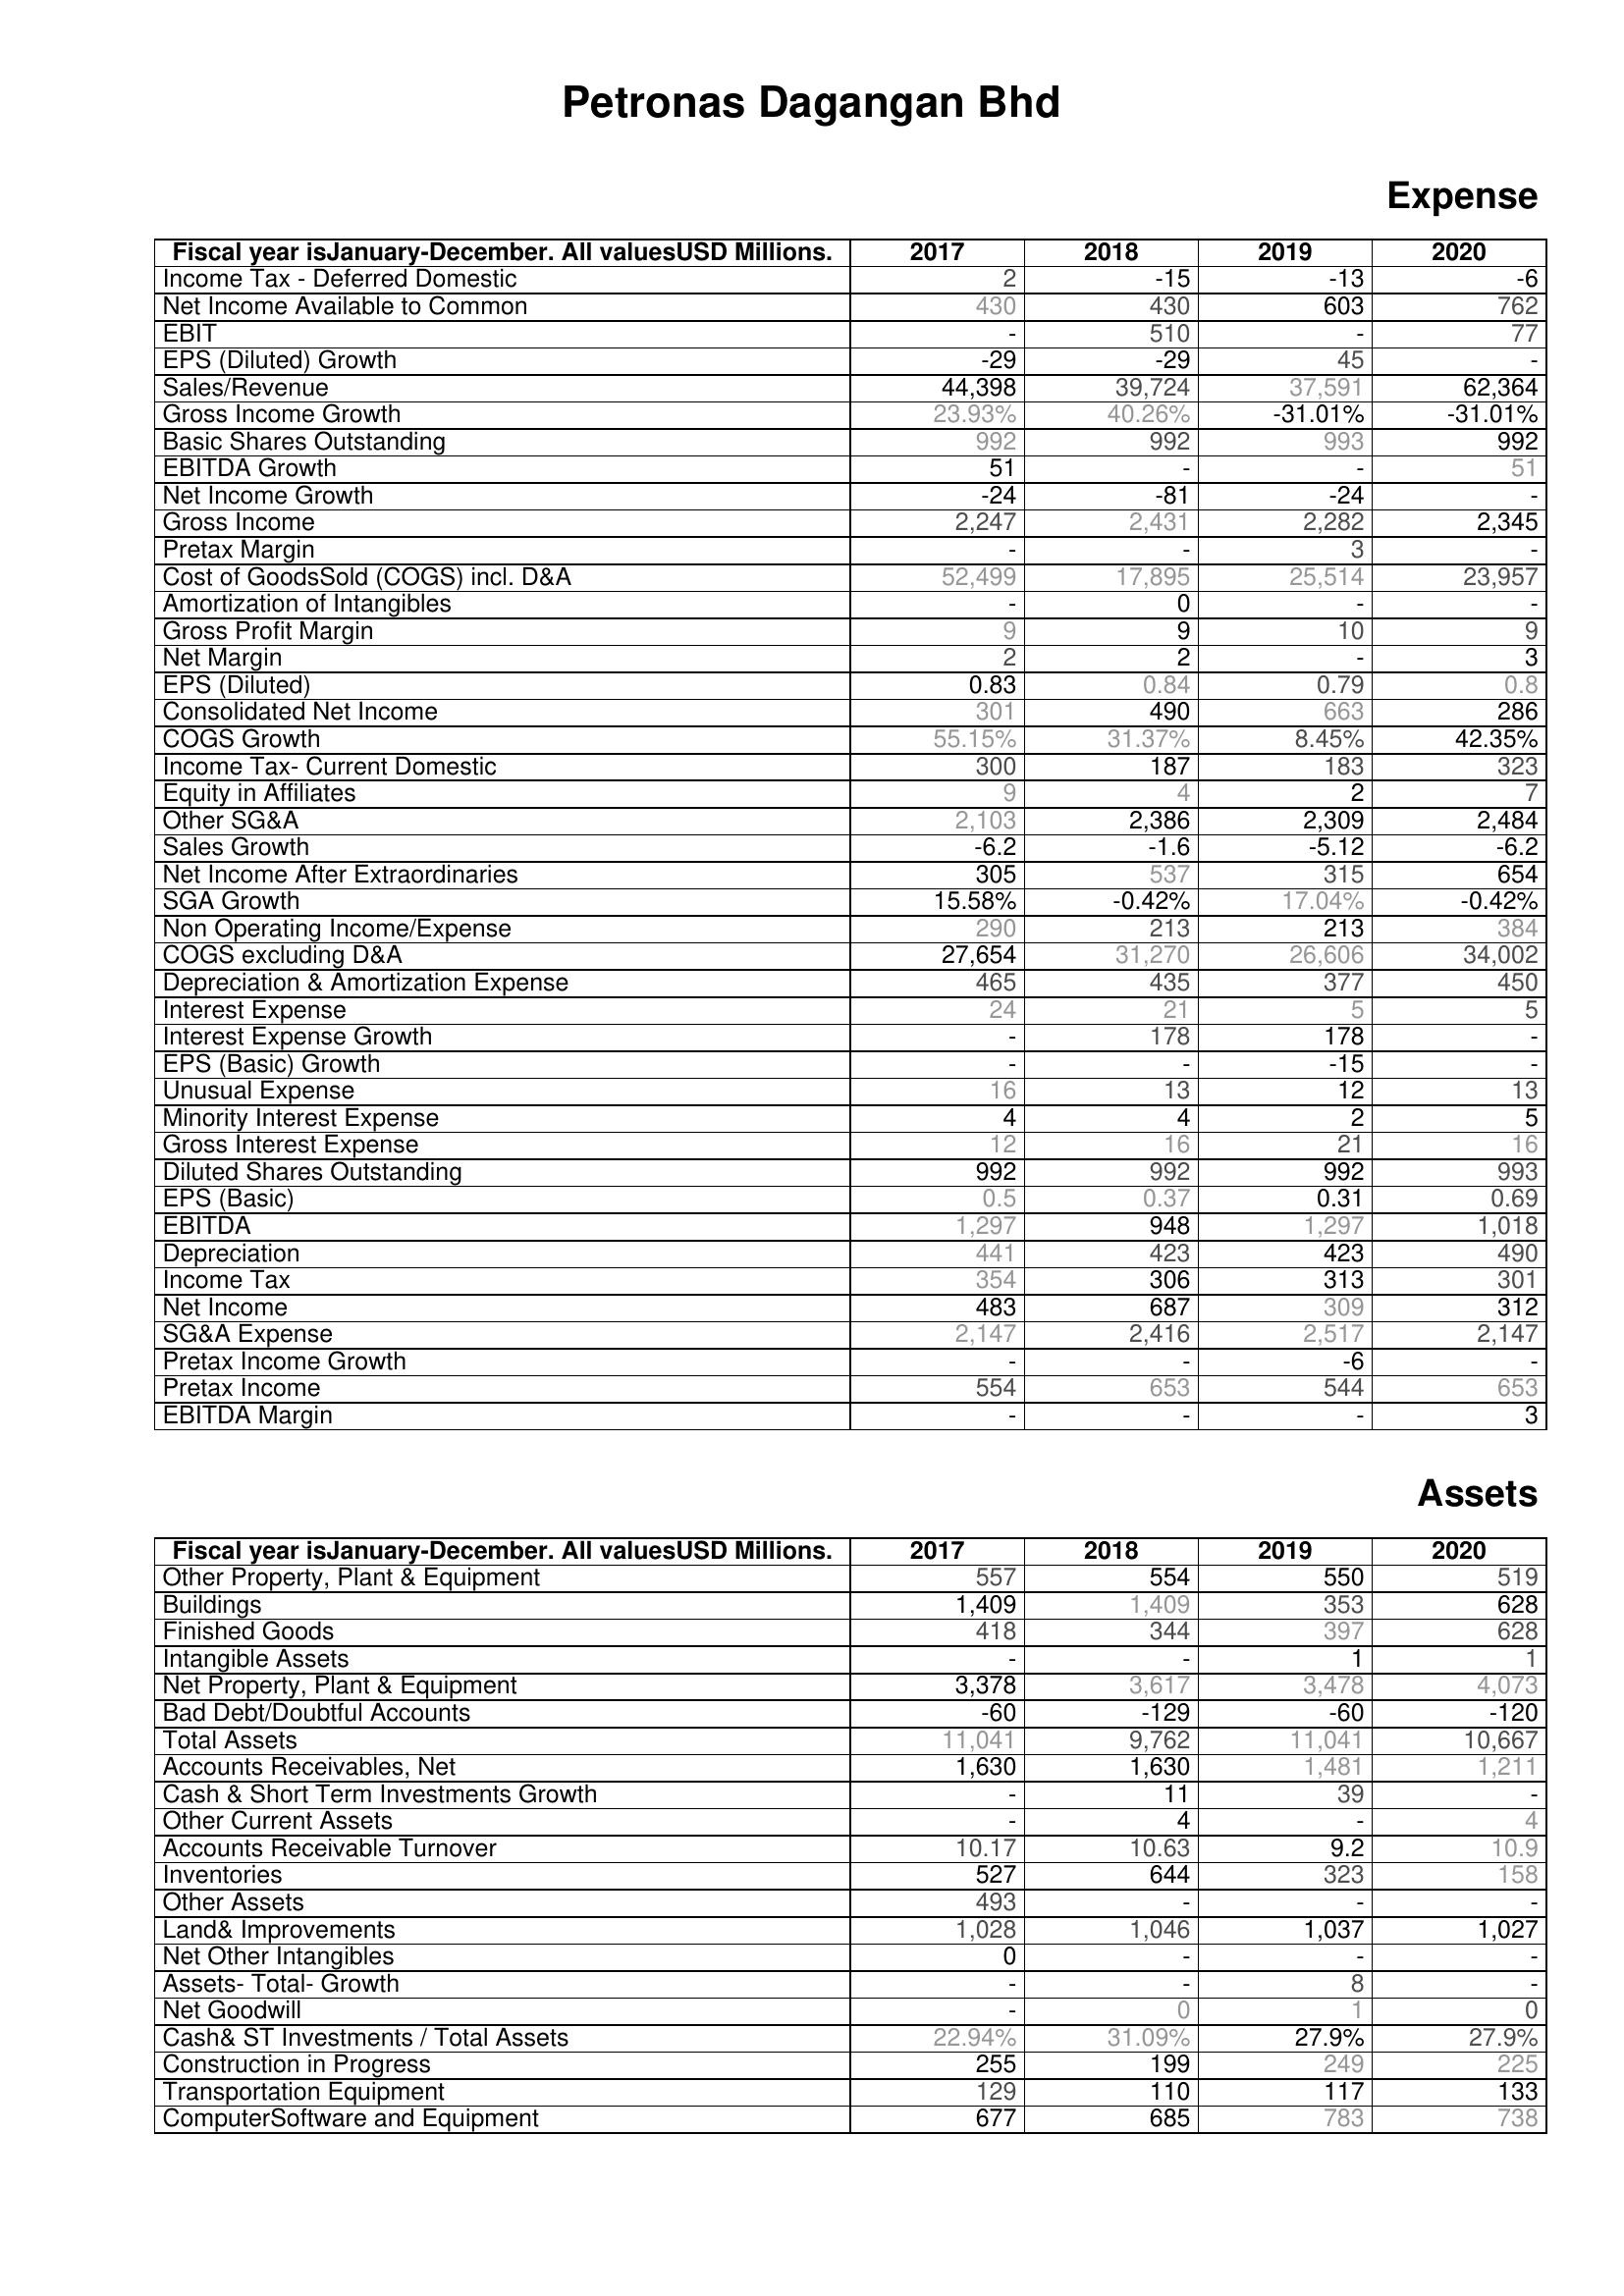
2017: Expense: Income Tax - Deferred Domestic: 2
Net Income Available to Common: 430
EBIT: -
EPS (Diluted) Growth: -29
Sales/Revenue: 44,398
Gross Income Growth: 23.93%
Basic Shares Outstanding: 992
EBITDA Growth: 51
Net Income Growth: -24
Gross Income: 2,247
Pretax Margin: -
Cost of GoodsSold (COGS) incl. D&A: 52,499
Amortization of Intangibles: -
Gross Profit Margin: 9
Net Margin: 2
EPS (Diluted): 0.83
Consolidated Net Income: 301
COGS Growth: 55.15%
Income Tax- Current Domestic: 300
Equity in Affiliates: 9
Other SG&A: 2,103
Sales Growth: -6.2
Net Income After Extraordinaries: 305
SGA Growth: 15.58%
Non Operating Income/Expense: 290
COGS excluding D&A: 27,654
Depreciation & Amortization Expense: 465
Interest Expense: 24
Interest Expense Growth: -
EPS (Basic) Growth: -
Unusual Expense: 16
Minority Interest Expense: 4
Gross Interest Expense: 12
Diluted Shares Outstanding: 992
EPS (Basic): 0.5
EBITDA: 1,297
Depreciation: 441
Income Tax: 354
Net Income: 483
SG&A Expense: 2,147
Pretax Income Growth: -
Pretax Income: 554
EBITDA Margin: -
Assets: Other Property, Plant & Equipment: 557
Buildings: 1,409
Finished Goods: 418
Intangible Assets: -
Net Property, Plant & Equipment: 3,378
Bad Debt/Doubtful Accounts: -60
Total Assets: 11,041
Accounts Receivables, Net: 1,630
Cash & Short Term Investments Growth: -
Other Current Assets: -
Accounts Receivable Turnover: 10.17
Inventories: 527
Other Assets: 493
Land& Improvements: 1,028
Net Other Intangibles: 0
Assets- Total- Growth: -
Net Goodwill: -
Cash& ST Investments / Total Assets: 22.94%
Construction in Progress: 255
Transportation Equipment: 129
ComputerSoftware and Equipment: 677
2018: Expense: Income Tax - Deferred Domestic: -15
Net Income Available to Common: 430
EBIT: 510
EPS (Diluted) Growth: -29
Sales/Revenue: 39,724
Gross Income Growth: 40.26%
Basic Shares Outstanding: 992
EBITDA Growth: -
Net Income Growth: -81
Gross Income: 2,431
Pretax Margin: -
Cost of GoodsSold (COGS) incl. D&A: 17,895
Amortization of Intangibles: 0
Gross Profit Margin: 9
Net Margin: 2
EPS (Diluted): 0.84
Consolidated Net Income: 490
COGS Growth: 31.37%
Income Tax- Current Domestic: 187
Equity in Affiliates: 4
Other SG&A: 2,386
Sales Growth: -1.6
Net Income After Extraordinaries: 537
SGA Growth: -0.42%
Non Operating Income/Expense: 213
COGS excluding D&A: 31,270
Depreciation & Amortization Expense: 435
Interest Expense: 21
Interest Expense Growth: 178
EPS (Basic) Growth: -
Unusual Expense: 13
Minority Interest Expense: 4
Gross Interest Expense: 16
Diluted Shares Outstanding: 992
EPS (Basic): 0.37
EBITDA: 948
Depreciation: 423
Income Tax: 306
Net Income: 687
SG&A Expense: 2,416
Pretax Income Growth: -
Pretax Income: 653
EBITDA Margin: -
Assets: Other Property, Plant & Equipment: 554
Buildings: 1,409
Finished Goods: 344
Intangible Assets: -
Net Property, Plant & Equipment: 3,617
Bad Debt/Doubtful Accounts: -129
Total Assets: 9,762
Accounts Receivables, Net: 1,630
Cash & Short Term Investments Growth: 11
Other Current Assets: 4
Accounts Receivable Turnover: 10.63
Inventories: 644
Other Assets: -
Land& Improvements: 1,046
Net Other Intangibles: -
Assets- Total- Growth: -
Net Goodwill: 0
Cash& ST Investments / Total Assets: 31.09%
Construction in Progress: 199
Transportation Equipment: 110
ComputerSoftware and Equipment: 685
2019: Expense: Income Tax - Deferred Domestic: -13
Net Income Available to Common: 603
EBIT: -
EPS (Diluted) Growth: 45
Sales/Revenue: 37,591
Gross Income Growth: -31.01%
Basic Shares Outstanding: 993
EBITDA Growth: -
Net Income Growth: -24
Gross Income: 2,282
Pretax Margin: 3
Cost of GoodsSold (COGS) incl. D&A: 25,514
Amortization of Intangibles: -
Gross Profit Margin: 10
Net Margin: -
EPS (Diluted): 0.79
Consolidated Net Income: 663
COGS Growth: 8.45%
Income Tax- Current Domestic: 183
Equity in Affiliates: 2
Other SG&A: 2,309
Sales Growth: -5.12
Net Income After Extraordinaries: 315
SGA Growth: 17.04%
Non Operating Income/Expense: 213
COGS excluding D&A: 26,606
Depreciation & Amortization Expense: 377
Interest Expense: 5
Interest Expense Growth: 178
EPS (Basic) Growth: -15
Unusual Expense: 12
Minority Interest Expense: 2
Gross Interest Expense: 21
Diluted Shares Outstanding: 992
EPS (Basic): 0.31
EBITDA: 1,297
Depreciation: 423
Income Tax: 313
Net Income: 309
SG&A Expense: 2,517
Pretax Income Growth: -6
Pretax Income: 544
EBITDA Margin: -
Assets: Other Property, Plant & Equipment: 550
Buildings: 353
Finished Goods: 397
Intangible Assets: 1
Net Property, Plant & Equipment: 3,478
Bad Debt/Doubtful Accounts: -60
Total Assets: 11,041
Accounts Receivables, Net: 1,481
Cash & Short Term Investments Growth: 39
Other Current Assets: -
Accounts Receivable Turnover: 9.2
Inventories: 323
Other Assets: -
Land& Improvements: 1,037
Net Other Intangibles: -
Assets- Total- Growth: 8
Net Goodwill: 1
Cash& ST Investments / Total Assets: 27.9%
Construction in Progress: 249
Transportation Equipment: 117
ComputerSoftware and Equipment: 783
2020: Expense: Income Tax - Deferred Domestic: -6
Net Income Available to Common: 762
EBIT: 77
EPS (Diluted) Growth: -
Sales/Revenue: 62,364
Gross Income Growth: -31.01%
Basic Shares Outstanding: 992
EBITDA Growth: 51
Net Income Growth: -
Gross Income: 2,345
Pretax Margin: -
Cost of GoodsSold (COGS) incl. D&A: 23,957
Amortization of Intangibles: -
Gross Profit Margin: 9
Net Margin: 3
EPS (Diluted): 0.8
Consolidated Net Income: 286
COGS Growth: 42.35%
Income Tax- Current Domestic: 323
Equity in Affiliates: 7
Other SG&A: 2,484
Sales Growth: -6.2
Net Income After Extraordinaries: 654
SGA Growth: -0.42%
Non Operating Income/Expense: 384
COGS excluding D&A: 34,002
Depreciation & Amortization Expense: 450
Interest Expense: 5
Interest Expense Growth: -
EPS (Basic) Growth: -
Unusual Expense: 13
Minority Interest Expense: 5
Gross Interest Expense: 16
Diluted Shares Outstanding: 993
EPS (Basic): 0.69
EBITDA: 1,018
Depreciation: 490
Income Tax: 301
Net Income: 312
SG&A Expense: 2,147
Pretax Income Growth: -
Pretax Income: 653
EBITDA Margin: 3
Assets: Other Property, Plant & Equipment: 519
Buildings: 628
Finished Goods: 628
Intangible Assets: 1
Net Property, Plant & Equipment: 4,073
Bad Debt/Doubtful Accounts: -120
Total Assets: 10,667
Accounts Receivables, Net: 1,211
Cash & Short Term Investments Growth: -
Other Current Assets: 4
Accounts Receivable Turnover: 10.9
Inventories: 158
Other Assets: -
Land& Improvements: 1,027
Net Other Intangibles: -
Assets- Total- Growth: -
Net Goodwill: 0
Cash& ST Investments / Total Assets: 27.9%
Construction in Progress: 225
Transportation Equipment: 133
ComputerSoftware and Equipment: 738